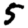
Digit: 5